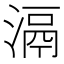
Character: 滆